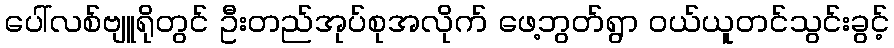
ပေါ်လစ်ဗျူရိုတွင် ဦးတည်အုပ်စုအလိုက် ဖေ့ဘွတ်ရွာ ဝယ်ယူတင်သွင်းခွင့်